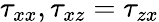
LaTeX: \tau_{xx},\tau_{xz}=\tau_{zx}